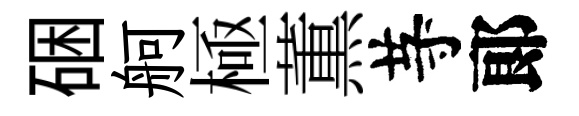
硱舸極薫䒭郞